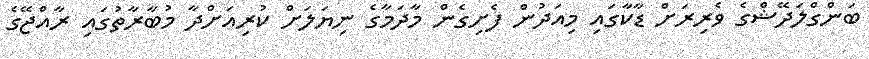
ބަންގްލަދޭޝްގެ ވެރިރަށް ޑާކާގައި މިއަދުން ފެށިގެން މާދަމާގެ ނިޔަލަށް ކުރިއަށްދާ މުބާރާތުގައި ރާއްޖޭގެ